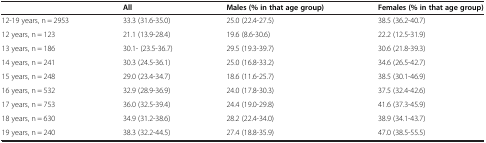
<table><thead><tr><td><b> </b></td><td><b>All</b></td><td><b>Males (% in that age group)</b></td><td><b>Females (% in that age group)</b></td></tr></thead><tbody><tr><td>12-19 years, n = 2953</td><td>33.3 (31.6-35.0)</td><td>25.0 (22.4-27.5)</td><td>38.5 (36.2-40.7)</td></tr><tr><td>12 years, n = 123</td><td>21.1 (13.9-28.4)</td><td>19.6 (8.6-30.6)</td><td>22.2 (12.5-31.9)</td></tr><tr><td>13 years, n = 186</td><td>30.1- (23.5-36.7)</td><td>29.5 (19.3-39.7)</td><td>30.6 (21.8-39.3)</td></tr><tr><td>14 years, n = 241</td><td>30.3 (24.5-36.1)</td><td>25.0 (16.8-33.2)</td><td>34.6 (26.5-42.7)</td></tr><tr><td>15 years, n = 248</td><td>29.0 (23.4-34.7)</td><td>18.6 (11.6-25.7)</td><td>38.5 (30.1-46.9)</td></tr><tr><td>16 years, n = 532</td><td>32.9 (28.9-36.9)</td><td>24.0 (17.8-30.3)</td><td>37.5 (32.4-42.6)</td></tr><tr><td>17 years, n = 753</td><td>36.0 (32.5-39.4)</td><td>24.4 (19.0-29.8)</td><td>41.6 (37.3-45.9)</td></tr><tr><td>18 years, n = 630</td><td>34.9 (31.2-38.6)</td><td>28.2 (22.4-34.0)</td><td>38.9 (34.1-43.7)</td></tr><tr><td>19 years, n = 240</td><td>38.3 (32.2-44.5)</td><td>27.4 (18.8-35.9)</td><td>47.0 (38.5-55.5)</td></tr></tbody></table>